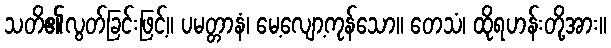
သတိ၏လွတ်ခြင်းဖြင့်။ ပမတ္တာနံ၊ မေ့လျော့ကုန်သော။ တေသံ၊ ထိုရဟန်းတို့အား။